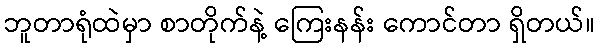
ဘူတာရုံထဲမှာ စာတိုက်နဲ့ ကြေးနန်း ကောင်တာ ရှိတယ်။